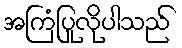
အကြံပြုလိုပါသည်